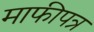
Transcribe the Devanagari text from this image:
माफीपत्र